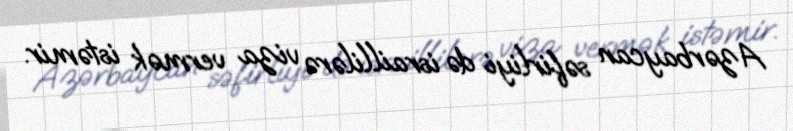
Azərbaycan səfirliyi də israillilərə viza vermək istəmir.